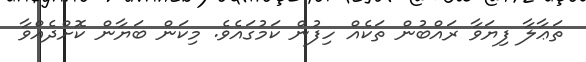
ތަޢާލާ ފިޔަވާ ރައްބުން ތަކެއް ހިފުން ކަމުގައެވެ. މިކަން ބަޔާން ކޮށްދެއްވާ